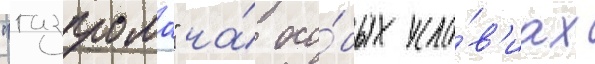
"газпрома" на́ осо́бых усло́в'иах